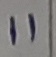
Text: 11